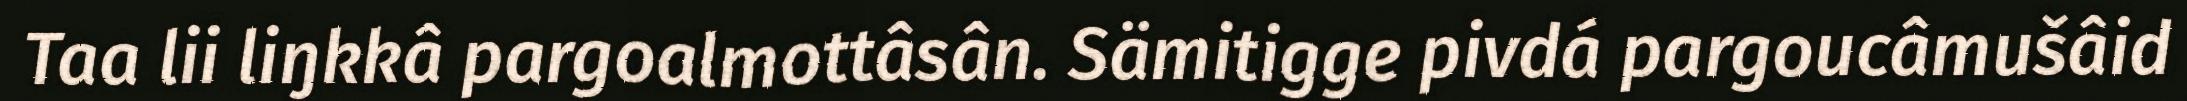
Taa lii liŋkkâ pargoalmottâsân. Sämitigge pivdá pargoucâmušâid